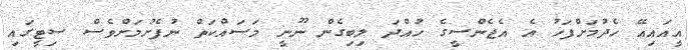
އީއައިއޭ ހެދުމަށްފަހު އެ އެޖެންސީގެ ހުއްދަ ލިބިގެން ނޫނީ މަސައްކަތް ނުފެށުމަށްވެސް ސިޓީގައި